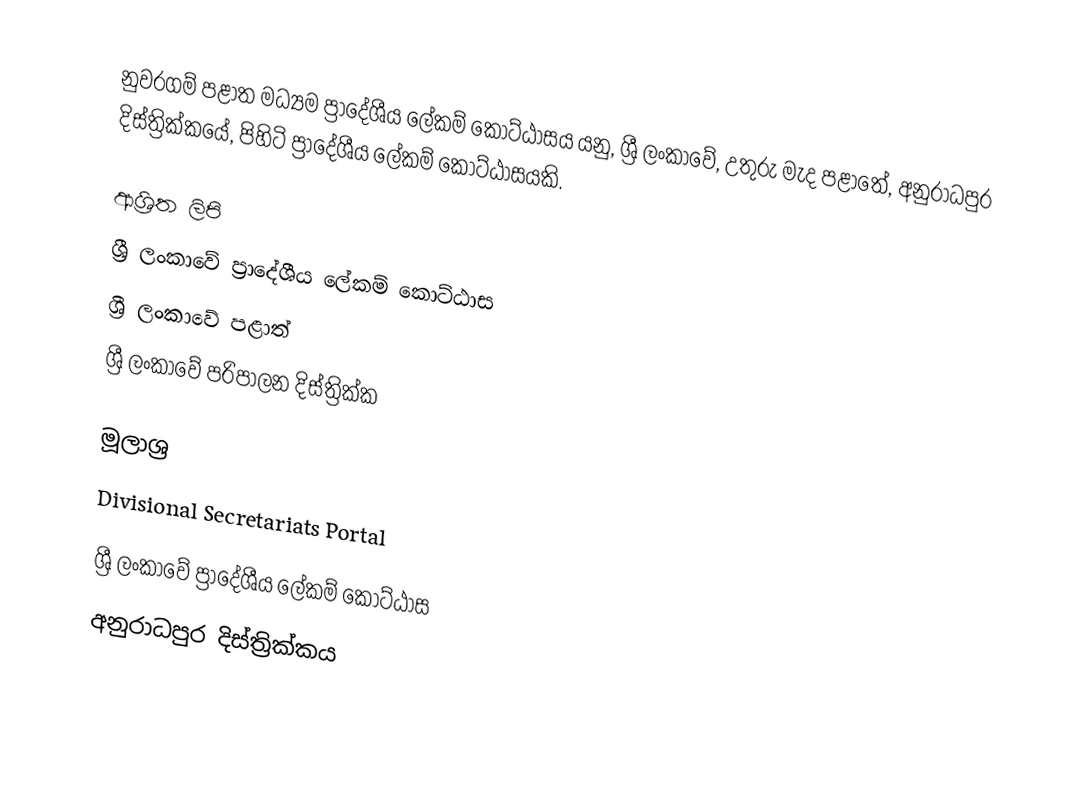
නුවරගම් පළාත මධ්‍යම ප්‍රාදේශීය ලේකම් කොට්ඨාසය යනු,  ශ්‍රී ලංකාවේ,  උතුරු මැද පළාතේ,   අනුරාධපුර දිස්ත්‍රික්කයේ, පිහිටි ප්‍රාදේශීය ලේකම් කොට්ඨාසයකි.

ආශ්‍රිත ලිපි
ශ්‍රී ලංකාවේ ප්‍රාදේශීය ලේකම් කොට්ඨාස
ශ්‍රී ලංකාවේ පළාත්
ශ්‍රී ලංකාවේ පරිපාලන දිස්ත්‍රික්ක

මූලාශ්‍ර
 Divisional Secretariats Portal

ශ්‍රී ලංකාවේ ප්‍රාදේශීය ලේකම් කොට්ඨාස
අනුරාධපුර දිස්ත්‍රික්කය